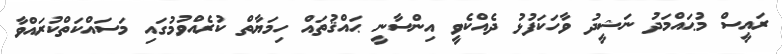
ރައީސް މުޙައްމަދު ނަޝީދު ވާހަކަފުޅު ދެއްކެވީ އިންސާނީ ޙައްޤުތައް ހިމަޔާތް ކުރެއްވުމުގައި މަސައްކަތްކުރައްވާ